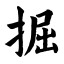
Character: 掘